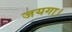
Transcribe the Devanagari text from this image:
जयगा।